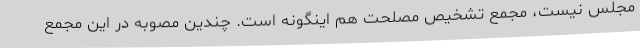
مجلس نیست، مجمع تشخیص مصلحت هم اینگونه است. چندین مصوبه در این مجمع